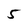
Character: 5